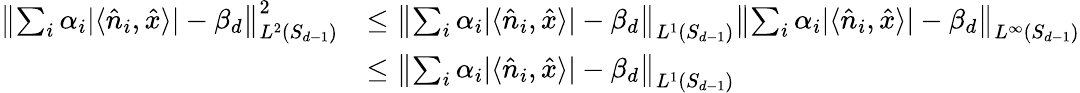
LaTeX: \begin{array}{rl}{\left\lVert\sum_{i}\alpha_{i}|\langle\hat{n}_{i},\hat{x}\rangle|-\beta_{d}\right\rVert_{L^{2}(S_{d-1})}^{2}}&{\le\left\lVert\sum_{i}\alpha_{i}|\langle\hat{n}_{i},\hat{x}\rangle|-\beta_{d}\right\rVert_{L^{1}(S_{d-1})}\left\lVert\sum_{i}\alpha_{i}|\langle\hat{n}_{i},\hat{x}\rangle|-\beta_{d}\right\rVert_{L^{\infty}(S_{d-1})}}\\ &{\le\left\lVert\sum_{i}\alpha_{i}|\langle\hat{n}_{i},\hat{x}\rangle|-\beta_{d}\right\rVert_{L^{1}(S_{d-1})}}\end{array}